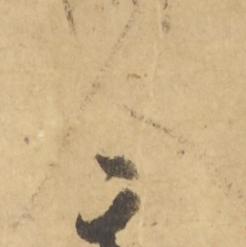
人